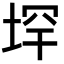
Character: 𪣟